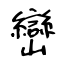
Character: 巒